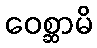
ဝေစ္ဆာမိ